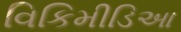
વિકિમીડિઆ